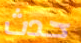
حدث